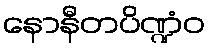
နောနီတပိဏ္ဍံဝ